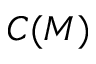
C ( M )